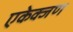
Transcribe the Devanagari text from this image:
एकेक्जण